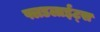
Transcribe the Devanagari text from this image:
फ्लडलाईट्स